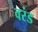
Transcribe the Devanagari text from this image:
वरंड